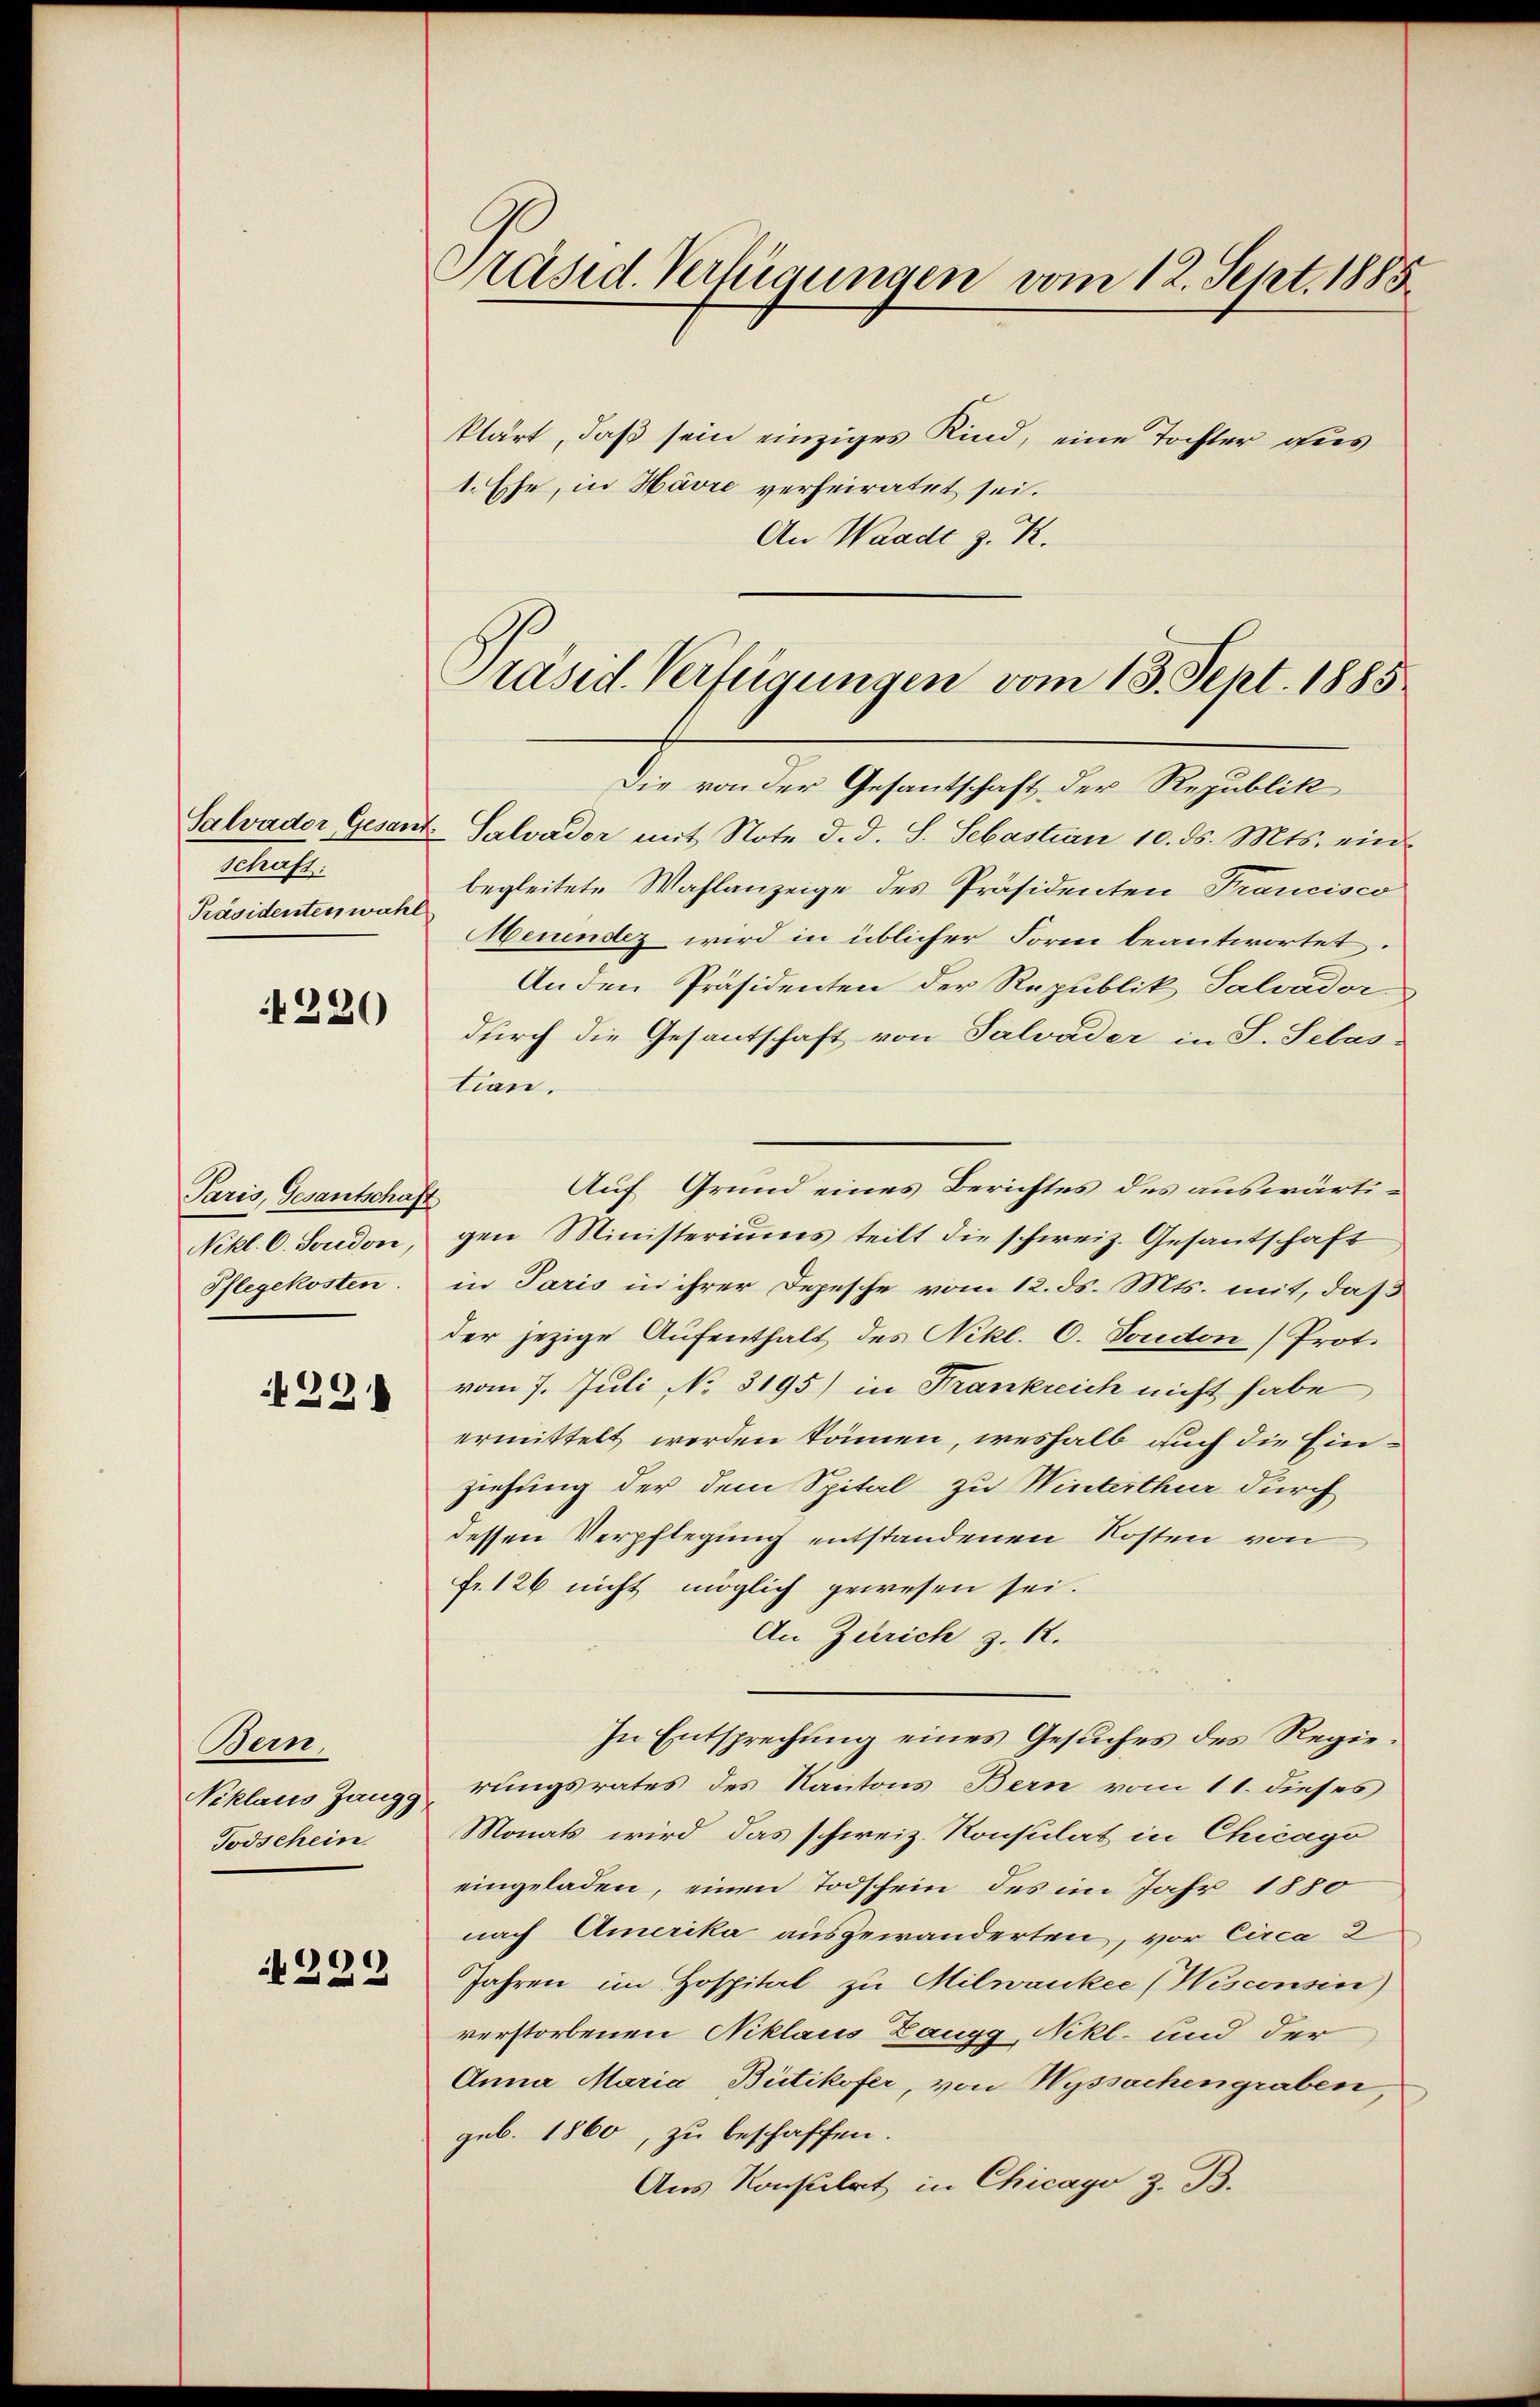
Schaften
Präsidenten wahl

220

Paris, Gesantschaft
Nikl. C. Seredon,
Pflegekosten.

29.

Ben
Niklaus Zangg
Todschein

222

Präsid. Verfügungen vom 12. Sept. 1885

klärt, daß sein einziges Kind, eine Tochter aus
1. Ehe, in Havre verheiratet sei.
An Waadt z. R.

Präsid. Verfügungen vom 13. Sept. 1885

Die von der Gesantschaft der Republik
Salvader Gesant Salvador mit Note d. d. S. Sebastian 10. ds. Mts. ein-
begleitete Wahlanzeige des Präsidenten Francisco
Meuendez wird in üblicher Form beantwortet.
An den Präsidenten der Republik Salvador
durch die Gesantschaft von Salvader in S. Selas-
tion.
gen Ministeriums teilt die schweiz. Gesantschaft
in Paris in ihrer Depesche vom 12. ds. Mts. mit, daß
der jezige Aufenthalt des Nikl. C. Sonden (Prot.
vom 7. Juli No 3195) in Frankreich nicht habe
ermittelt werden können, weshalb auch die Einziehung der dem Spital zu Winterthur durch
dessen Verpflegung entstandenen Kosten von
fr. 126 nicht möglich gewesen sei.
An Zürich z. R.
In Entsprechung eines Gesuches des Regierungsrates des Kantons Bern vom 11. dieses
Monats wird das schweiz. Konsulat in Chicago
eingeladen, einen Todschein des im Jahr 1880
nach Amerika ausgewanderten, vor Circa 3
Jahren im Hospital zu Milwankee (Wisconsin
verstorbenen Niklaus Zaugg, Nikl. und der
Anna Maria Bütikofer, von Wyssachengraben,
geb. 1860, zu beschaffen.
Aus Konsulat in Chicago z. B.

Auf Grund eines Berichtes des auswärti¬